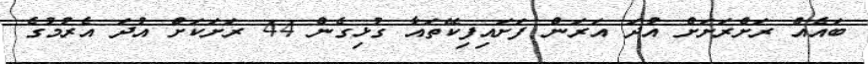
ބައެއް ރަށްރަށަށް އުދަ އަރަން ފަށައިފިކޭތައާ ގުޅިގެން 44 ރަށަކަށް އުދަ އެރުމުގެ